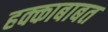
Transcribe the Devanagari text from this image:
हक्काबाबत